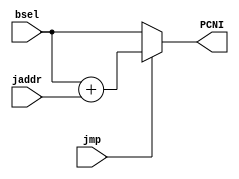
/*
* 	Nathan Chinn
* 	Minion CPU - NanoQuarter
*
*	Module:  PC Next Instruction Mux
*	Inputs:  jump addr, jump, Branch Sel
*	Outputs: PC next instruction
*	
*/

module PCNIMUX(	input[15:0]		jaddr,  // Jump address
		input[31:0]		bsel,	// Program Counter from Branch Selection
		input			jmp,	// Jump Flag
		output reg[31:0]	PCNI	// Next Instruction Program Counter	
	  );

	always @(*)
	begin
		if (jmp == 1)
			PCNI = bsel + jaddr;	
		else
			PCNI = bsel;
	end
endmodule